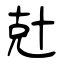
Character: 兙